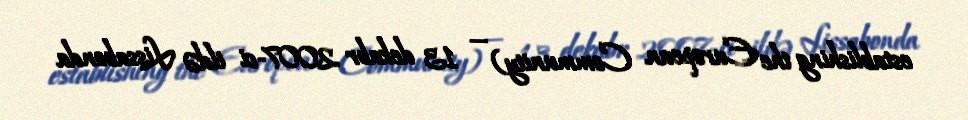
establishing the European Community) — 13 dekabr 2007-ci ildə Lissabonda